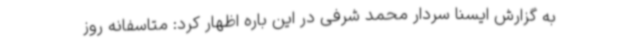
به گزارش ایسنا سردار محمد شرفی در این باره اظهار کرد: متاسفانه روز